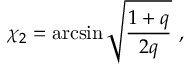
\chi _ { 2 } = \arcsin \sqrt { \frac { 1 + q } { 2 q } } \ ,